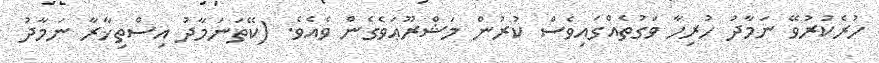
ހުރެކުރުވޭ ނަމާދު ހުރިހާ ވަގުތެއްގައިވެސް ކުރުން މަޝްރޫޢަވެގެން ވެއެވެ. (ކޭތަނަމާދު އިސްތިޚާރާ ނަމާދު